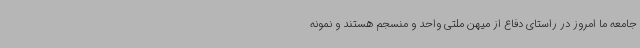
جامعه ما امروز در راستای دفاع از میهن ملتی واحد و منسجم هستند و نمونه